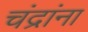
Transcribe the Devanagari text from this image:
चंद्रांना